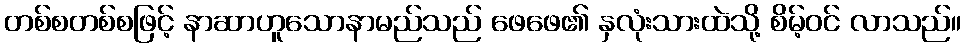
တစ်စတစ်စဖြင့် နာဆာဟူသောနာမည်သည် ဖေဖေ၏ နှလုံးသားထဲသို့ စိမ့်ဝင် လာသည်။